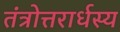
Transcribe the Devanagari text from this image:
तंत्रोत्तरार्धस्य